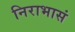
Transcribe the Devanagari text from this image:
निराभासं